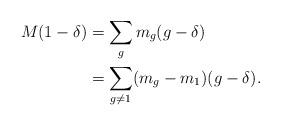
LaTeX: \begin{align*}M(1-\delta)&=\sum_g m_{g}(g - \delta)\\&=\sum_{g\ne1} (m_{g}-m_{1})(g - \delta).\end{align*}